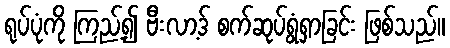
ရုပ်ပုံကို ကြည့်၍ ဗီးလာ့ဒ် စက်ဆုပ်ရွံရှာခြင်း ဖြစ်သည်။